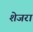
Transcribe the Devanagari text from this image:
शेजरा